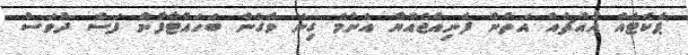
ޕެކެޓެއް އެއްޗެއް އަތުން ފެނިއްޖެއްޔާ އެންމެ ގިނަ ވެގެން ބަހައްޓާފާނެ ފަސް ދުވަސް